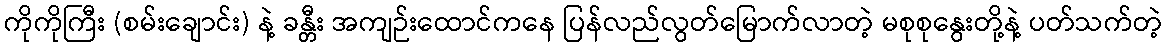
ကိုကိုကြီး (စမ်းချောင်း) နဲ့ ခန္တီး အကျဉ်းထောင်ကနေ ပြန်လည်လွတ်မြောက်လာတဲ့ မစုစုနွေးတို့နဲ့ ပတ်သက်တဲ့